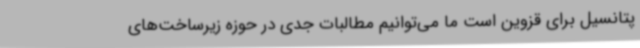
پتانسیل برای قزوین است ما می‌توانیم مطالبات جدی در حوزه زیرساخت‌های